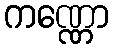
ကဏ္ဏော